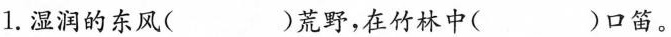
1. 湿润的东风( )荒野，在竹林中( )口笛。